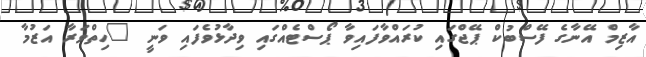
އާޒިމް އޭނާގެ ފޭސްބުކް ޕޭޖްގައި ކުރައްވާފައިވާ ޕޯސްޓެއްގައި ވިދާޅުވެފައި ވަނީ "ހިތްވަރާ އަޒުމާ